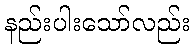
နည်းပါးသော်လည်း